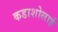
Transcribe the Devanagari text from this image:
कडाशोलाई